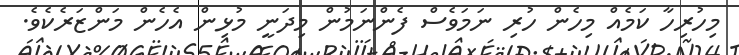
މިހުރިހާ ކަމެއް މިހެން ހުރި ނަމަވެސް ފެންނަމުން މިދަނީ މުޅިން އެހެން މަންޒަރެކެވެ.